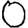
Digit: 0